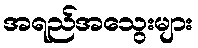
အရည်အသွေးများ